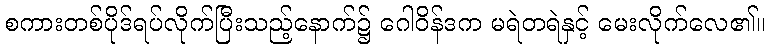
စကားတစ်ပိုဒ်ရပ်လိုက်ပြီးသည့်နောက်၌ ဂေါဝိန်ဒက မရဲတရဲနှင့် မေးလိုက်လေ၏။